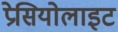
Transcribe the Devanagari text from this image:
प्रेसियोलाइट